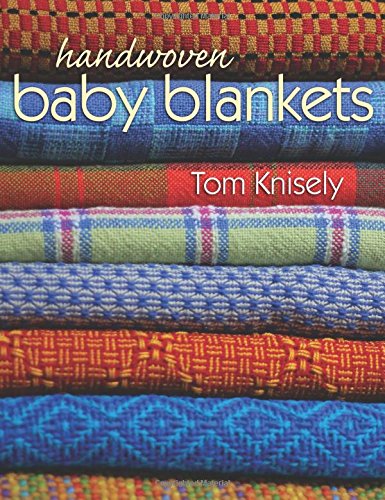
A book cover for Handwoven Baby Blankets; Tom Knisely; Crafts, Hobbies & Home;